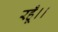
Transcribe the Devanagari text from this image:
रहूँ।।